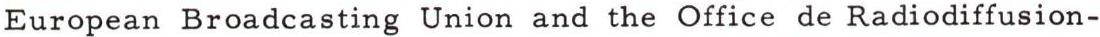
European Broadcasting Union and the Office de Radiodiffusion-